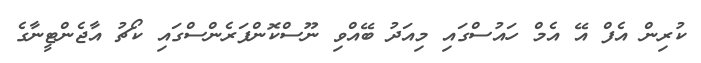
ކުރިން އެފް އޭ އެމް ހައުސްގައި މިއަދު ބޭއްވި ނޫސްކޮންފަރެންސްގައި ކޯޗު އާޖެންޓީނާގެ